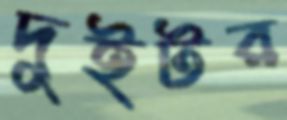
দুইটর